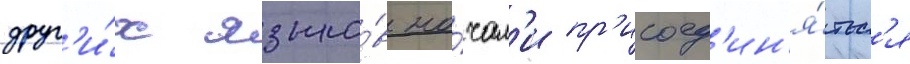
друг'и́х языко́в на́чал'и пр'исоед'ин'я́тьс'я